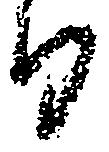
日